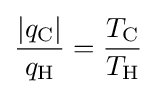
{\frac {|q_{\text{C}}|}{q_{\text{H}}}}={\frac {T_{\text{C}}}{T_{\text{H}}}}